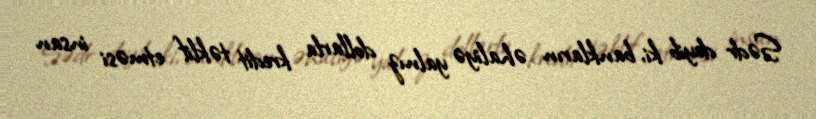
Sədr deyib ki, bankların əhaliyə yalnız dollarla kredit təklif etməsi insan